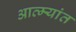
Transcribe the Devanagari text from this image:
आत्म्यांत